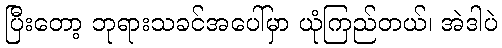
ပြီးတော့ ဘုရားသခင်အပေါ်မှာ ယုံကြည်တယ်၊ အဲဒါပဲ